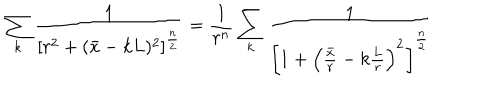
\sum _ { k } { \frac { 1 } { \left[ r ^ { 2 } + ( \bar { x } - k L ) ^ { 2 } \right] ^ { \frac { n } { 2 } } } } = { \frac { 1 } { r ^ { n } } } \sum _ { k } { \frac { 1 } { \left[ 1 + \left( { \frac { \bar { x } } { r } } - k { \frac { L } { r } } \right) ^ { 2 } \right] ^ { \frac { n } { 2 } } } }